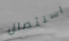
استئصال